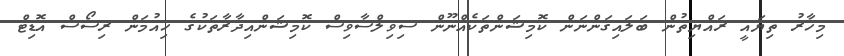
މިހާރު ތިޔައީ ރައްޔިތުން ބަލައިގަންނަން ކޮމިޝަންތަކެއްނޫން ސިވިލްސާވިސް ކޮމިޝަންއިދާރާތަކުގެ ހިއުމަން ރިސޯސް އޮޑިޓް